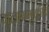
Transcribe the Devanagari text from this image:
गुलाममुक्तीचे